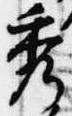
秀